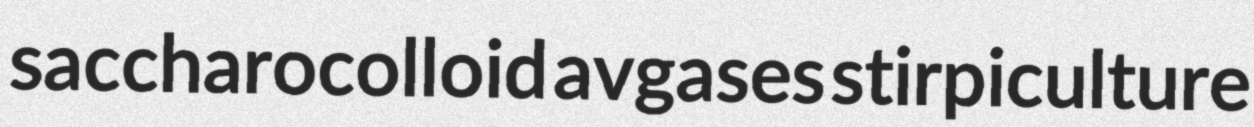
saccharocolloid avgases stirpiculture